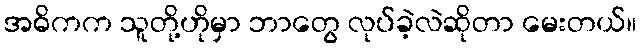
အဓိကက သူတို့ဟိုမှာ ဘာတွေ လုပ်ခဲ့လဲဆိုတာ မေးတယ်။